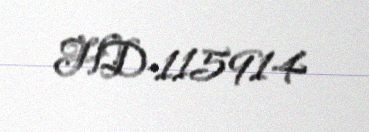
HD-115914